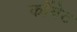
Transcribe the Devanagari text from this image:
कॉयेट